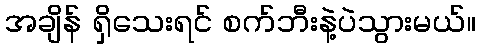
အချိန် ရှိသေးရင် စက်ဘီးနဲ့ပဲသွားမယ်။